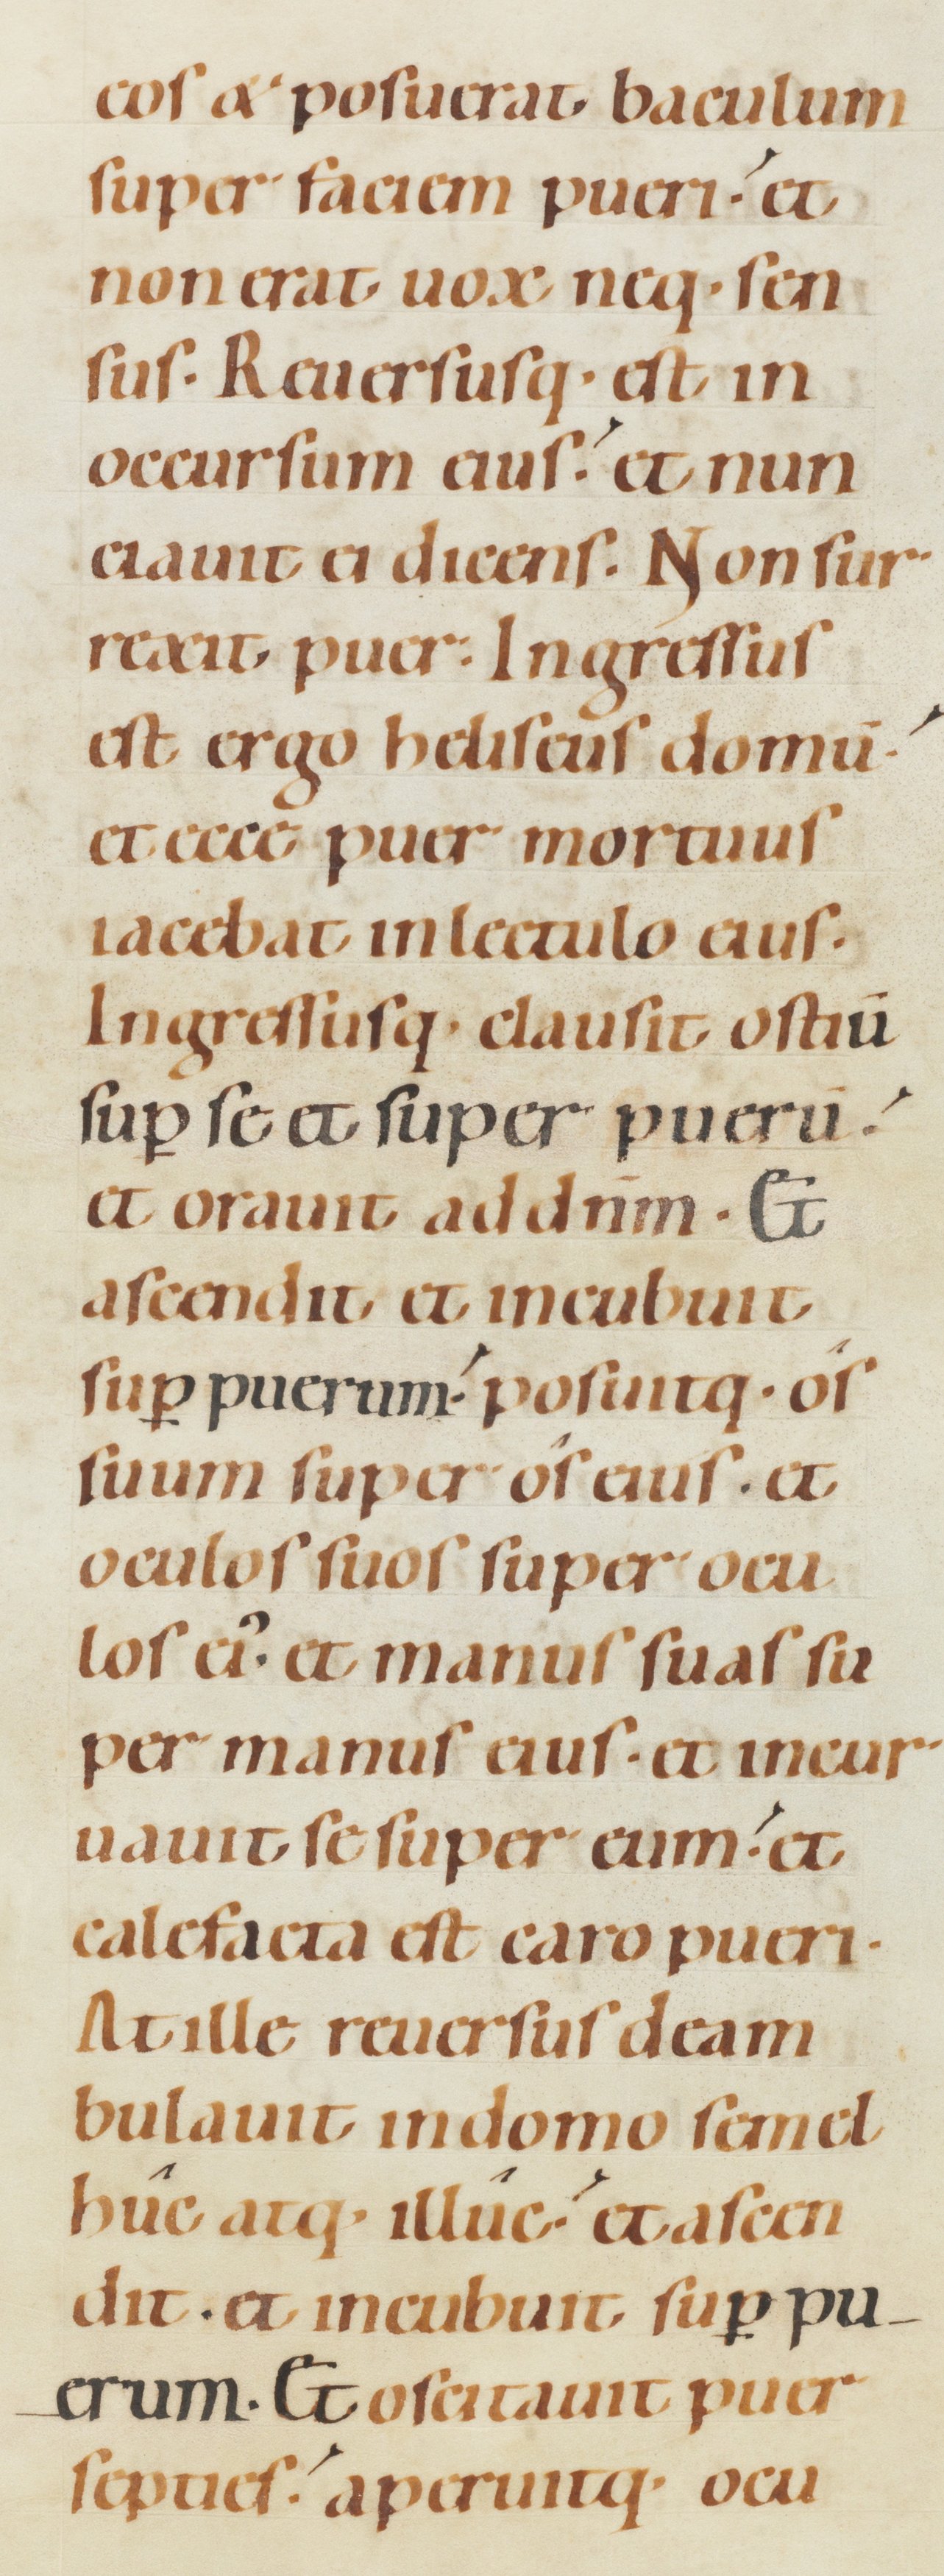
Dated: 1080–1096